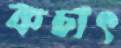
কচাৎ